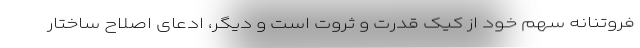
فروتنانه سهم خود از کیک قدرت و ثروت است و دیگر، ادعای اصلاح ساختار